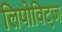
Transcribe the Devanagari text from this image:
लिपोविट्ज